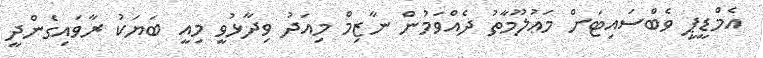
އެމްޑީޕީ ވެބްސައިޓަށް މަޢުލޫމާތު ދެއްވަމުން ނާޒިމް މިއަދު ވިދާޅުވީ މިއީ ބަޔަކު ރާވައިގެންދީ